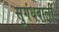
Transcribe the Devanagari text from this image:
सुगंधवाली